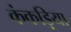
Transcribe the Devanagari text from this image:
कंकड़िया